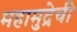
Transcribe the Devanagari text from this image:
महामुद्रेची